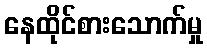
နေထိုင်စားသောက်မှု